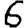
Digit: 6